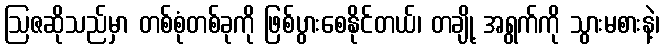
ဩဇဆိုသည်မှာ တစ်စုံတစ်ခုကို ဖြစ်ပွားစေနိုင်တယ်၊ တချို့ အရွက်ကို သွားမစားနဲ့၊